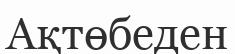
Ақтөбеден